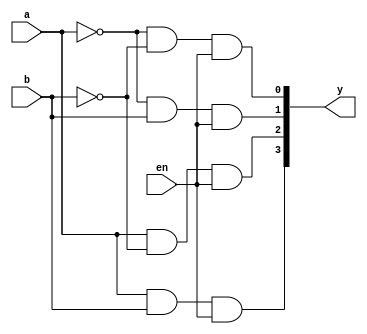
module Decoders(a,b,en,y);
input a,b,en;
output[3:0] y;
assign y[0]=!a & !b & en;
assign y[1]=!a & b & en;
assign y[2]=a & !b & en;
assign y[3]=a & b & en;
endmodule